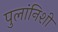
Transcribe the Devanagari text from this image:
पुलांनिशी